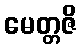
မေတ္တဇိ